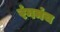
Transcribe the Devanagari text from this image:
रंगमंंच